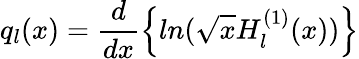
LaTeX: q_{l}(x)=\frac{d}{dx}\Bigl\{ ln(\sqrt{x}H_{l}^{(1)}(x))\Bigl\}